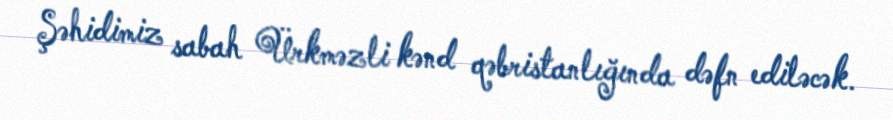
Şəhidimiz sabah Ürkməzli kənd qəbristanlığında dəfn ediləcək.